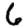
Digit: 6